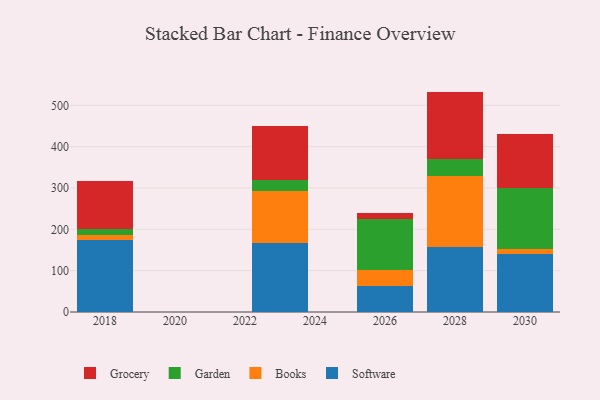
{"axis": {"x": "Year", "y": "Tickets Resolved"}, "legend": ["Books", "Garden", "Grocery", "Software"], "data": [{"x": "2028", "y": 158.0, "type": "Software"}, {"x": "2028", "y": 171.8, "type": "Books"}, {"x": "2028", "y": 41.1, "type": "Garden"}, {"x": "2028", "y": 162.3, "type": "Grocery"}, {"x": "2023", "y": 168.0, "type": "Software"}, {"x": "2023", "y": 124.2, "type": "Books"}, {"x": "2023", "y": 26.1, "type": "Garden"}, {"x": "2023", "y": 131.7, "type": "Grocery"}, {"x": "2026", "y": 63.5, "type": "Software"}, {"x": "2026", "y": 37.7, "type": "Books"}, {"x": "2026", "y": 124.9, "type": "Garden"}, {"x": "2026", "y": 12.5, "type": "Grocery"}, {"x": "2030", "y": 139.6, "type": "Software"}, {"x": "2030", "y": 13.5, "type": "Books"}, {"x": "2030", "y": 145.8, "type": "Garden"}, {"x": "2030", "y": 131.6, "type": "Grocery"}, {"x": "2018", "y": 175.2, "type": "Software"}, {"x": "2018", "y": 11.7, "type": "Books"}, {"x": "2018", "y": 14.4, "type": "Garden"}, {"x": "2018", "y": 115.2, "type": "Grocery"}]}